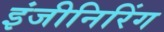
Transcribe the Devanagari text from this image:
इंजीनिरिंग